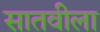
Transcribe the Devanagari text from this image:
सातवीला